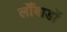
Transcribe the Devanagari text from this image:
लॉँबार्डो